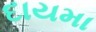
દાયમા